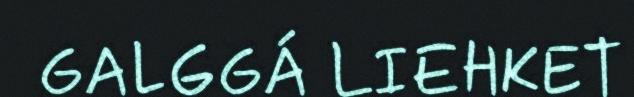
GALGGÁ LIEHKET